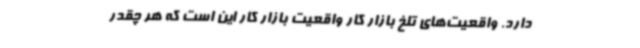
دارد. واقعیت‌های تلخ بازار کار واقعیت بازار کار این است که هر چقدر